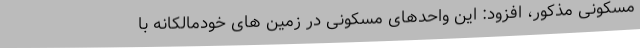
مسکونی مذکور، افزود: این واحدهای مسکونی در زمین های خودمالکانه با